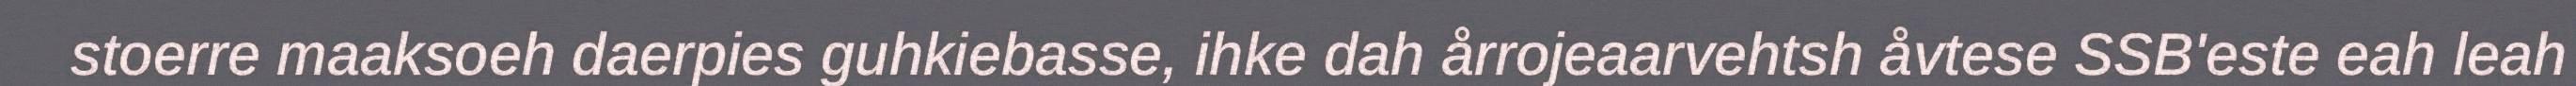
stoerre maaksoeh daerpies guhkiebasse, ihke dah årrojeaarvehtsh åvtese SSB'este eah leah